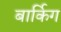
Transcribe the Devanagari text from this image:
बार्किग